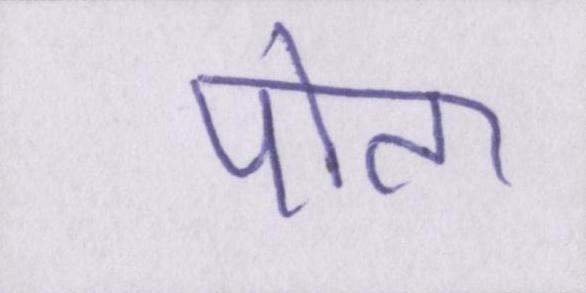
पोता